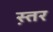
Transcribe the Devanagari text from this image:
स्त़र